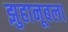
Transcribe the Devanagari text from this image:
झुहानूबला